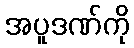
အပူဒဏ်ကို